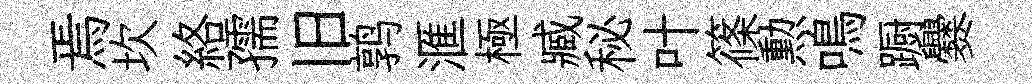
焉坎絡孺旧鹑滙極臧秘叶篠勲鳴蹰爨